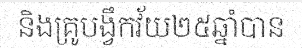
និងគ្រូបង្វឹកវ័យ២៥ឆ្នាំបាន